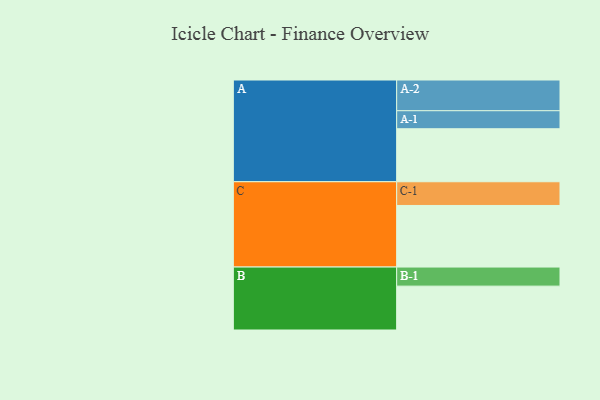
{"axis": {"x": "Segment", "y": "Value"}, "legend": ["", "A", "B", "C"], "data": [{"x": "A", "y": 500, "type": ""}, {"x": "B", "y": 414, "type": ""}, {"x": "C", "y": 581, "type": ""}, {"x": "A-1", "y": 170, "type": "A"}, {"x": "A-2", "y": 290, "type": "A"}, {"x": "B-1", "y": 180, "type": "B"}, {"x": "C-1", "y": 224, "type": "C"}]}